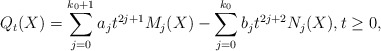
\begin{align*}Q_t(X)=\sum_{j=0}^{k_0+1}a_jt^{2j+1}M_j(X)-\sum_{j=0}^{k_0}b_jt^{2j+2}N_j(X), t \geq 0,\end{align*}